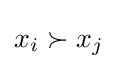
x_{i}\succ x_{j}\,\!